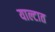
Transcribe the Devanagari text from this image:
याल्टात